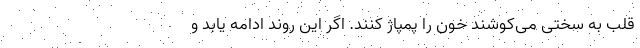
قلب به سختی می‌کوشند خون را پمپاژ کنند. اگر این روند ادامه یابد و